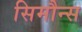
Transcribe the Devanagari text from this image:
सिमौन्स